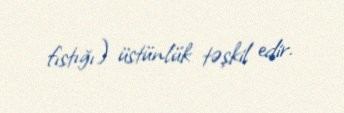
fıstığı) üstünlük təşkil edir.